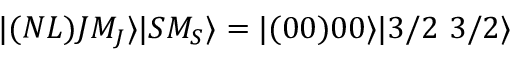
| ( N L ) J M _ { J } \rangle | S M _ { S } \rangle = | ( 0 0 ) 0 0 \rangle | 3 / 2 \ 3 / 2 \rangle